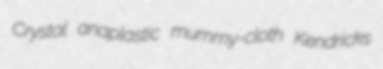
Crystal anaplastic mummy-cloth Kendricks